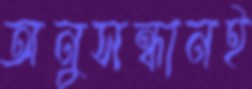
অনুসন্ধানই